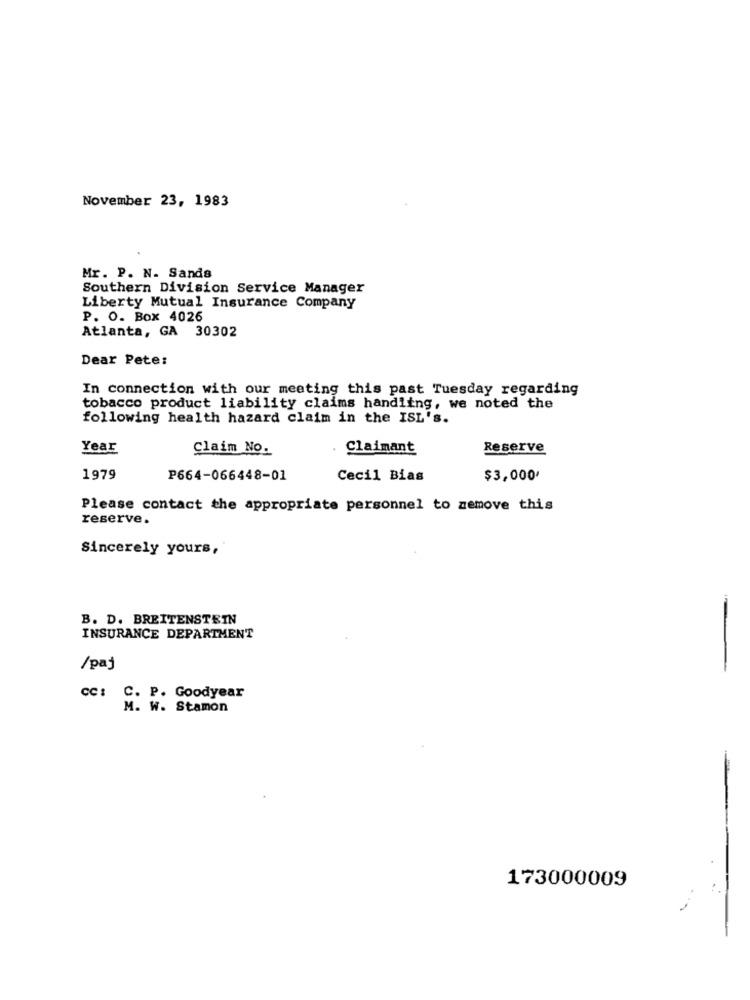
November 23, 1983
Mr. P. N. Sands
Southern Division Service Manager
Liberty Mutual Insurance Company
P. O. Box 4026
Atlanta, GA 30302
Dear Pete:
In connection with our meeting this past Tuesday regarding
tobacco product liability claims handling, we noted the
following health hazard claim in the ISL's.
Year
Claim No.
Claimant
Reserve
1979
P664-066448-01
Cecil Bias
$3,000'
Please contact the appropriate personnel to remove this
reserve.
Sincerely yours,
B. D. BREITENSTEIN
INSURANCE DEPARTMENT
/paj
-
CC: C. P. Goodyear
M. W. Stamon
-
173000009